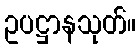
ဥပဋ္ဌာနသုတ်။